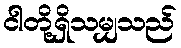
ငါတို့ရှိသမျှသည်